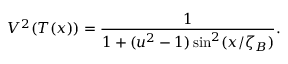
V ^ { 2 } ( T ( x ) ) = \frac { 1 } { 1 + ( u ^ { 2 } - 1 ) \sin ^ { 2 } ( x / \zeta _ { B } ) } .